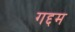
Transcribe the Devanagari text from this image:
गद्दम